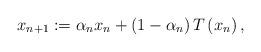
LaTeX: \begin{align*} x_{n+1} := \alpha_n x_n + \left( 1 - \alpha_n \right) T \left(x_n \right),\end{align*}